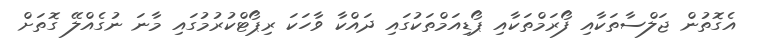
އެގޮތުން ޖަލްސާތަކާއި ފޯރަމްތަކާއި ޕޯޑިއަމްތަކުގައި ދައްކާ ވާހަކަ ރިޕޯޓްކުރުމުގައި މާނަ ނުގެއްލޭ ގޮތަށް